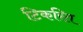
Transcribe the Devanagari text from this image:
टिकरित